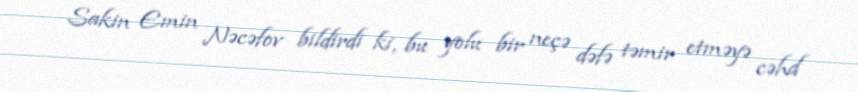
Sakin Emin Nəcəfov bildirdi ki, bu yolu bir neçə dəfə təmir etməyə cəhd